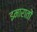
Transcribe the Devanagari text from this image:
इमारातों